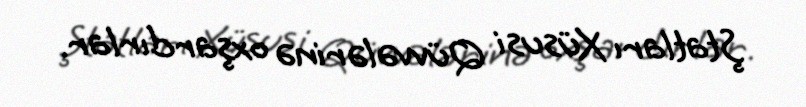
Ştatları Xüsusi Qüvvələrinə oxşardırlar.